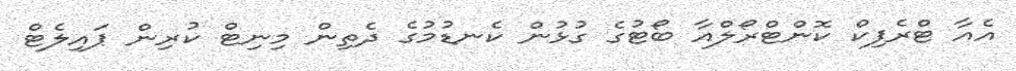
އެއާ ޓްރެފިކް ކޮންޓްރޯލްއާ ބޯޓުގެ ގުޅުން ކެނޑުމުގެ ދެތިން މިނިޓް ކުރިން ޕައިލެޓް